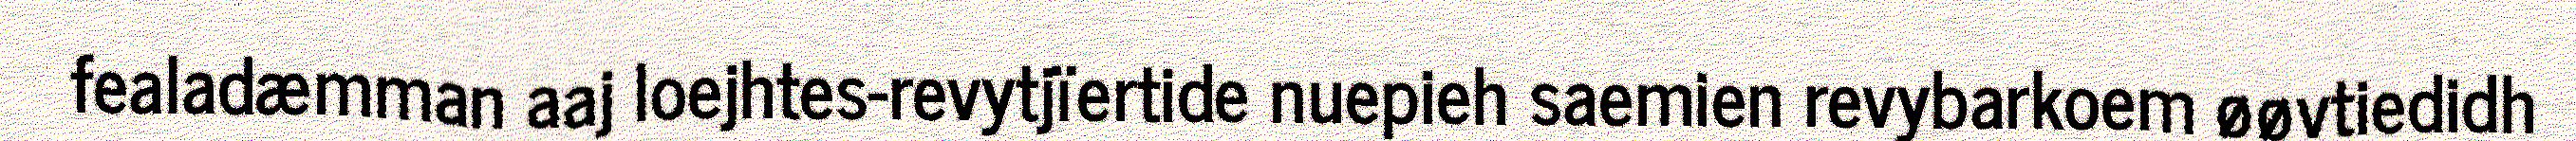
fealadæmman aaj loejhtes-revytjïertide nuepieh saemien revybarkoem øøvtiedidh